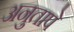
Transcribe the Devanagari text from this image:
अनुतापे